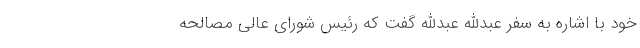
خود با اشاره به سفر عبدالله عبدالله گفت که رئیس شورای عالی مصالحه